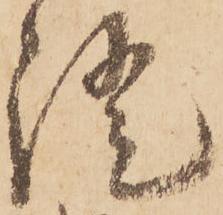
證